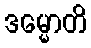
ဒမ္မောတိ